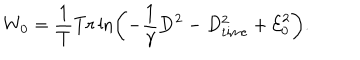
W _ { 0 } = \frac { 1 } { T } T r \ln \left( - \frac { 1 } { \gamma } { \bf D } ^ { 2 } - D _ { \mathrm { t i m e } } ^ { 2 } + { \cal E } _ { 0 } ^ { 2 } \right) .